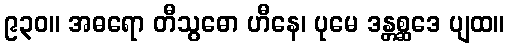
၉၃၀။ အဓရော တီသွဓော ဟီနေ၊ ပုမေ ဒန္တစ္ဆဒေ ပျထ။